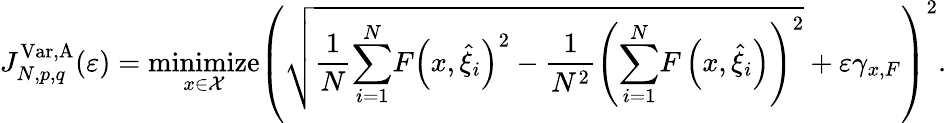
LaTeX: J_{N,p,q}^{\mathrm{Var},\mathrm{A}}(\varepsilon)=\underset{x\in\mathcal{X}}{\mathrm{minimize}}\left(\sqrt{\frac{1}{N}{\displaystyle\sum_{i=1}^{N}}F\left(x,\widehat{\xi}_{i}\right)^{2}-\frac{1}{N^{2}}\left({\displaystyle\sum_{i=1}^{N}}F\left(x,\widehat{\xi}_{i}\right)\right)^{2}}+\varepsilon\gamma_{x,F}\right)^{2}.